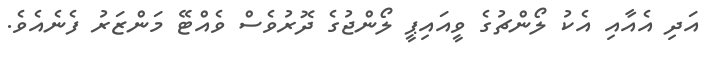
އަދި އެއާއި އެކު ލޯންޗުގެ ވީއައިޕީ ލޯންޖުގެ ދޮރުވެސް ވެއްޓޭ މަންޒަރު ފެނެއެވެ.